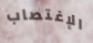
الإغتصاب